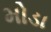
મોડા